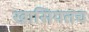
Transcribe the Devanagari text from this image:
खासियतच